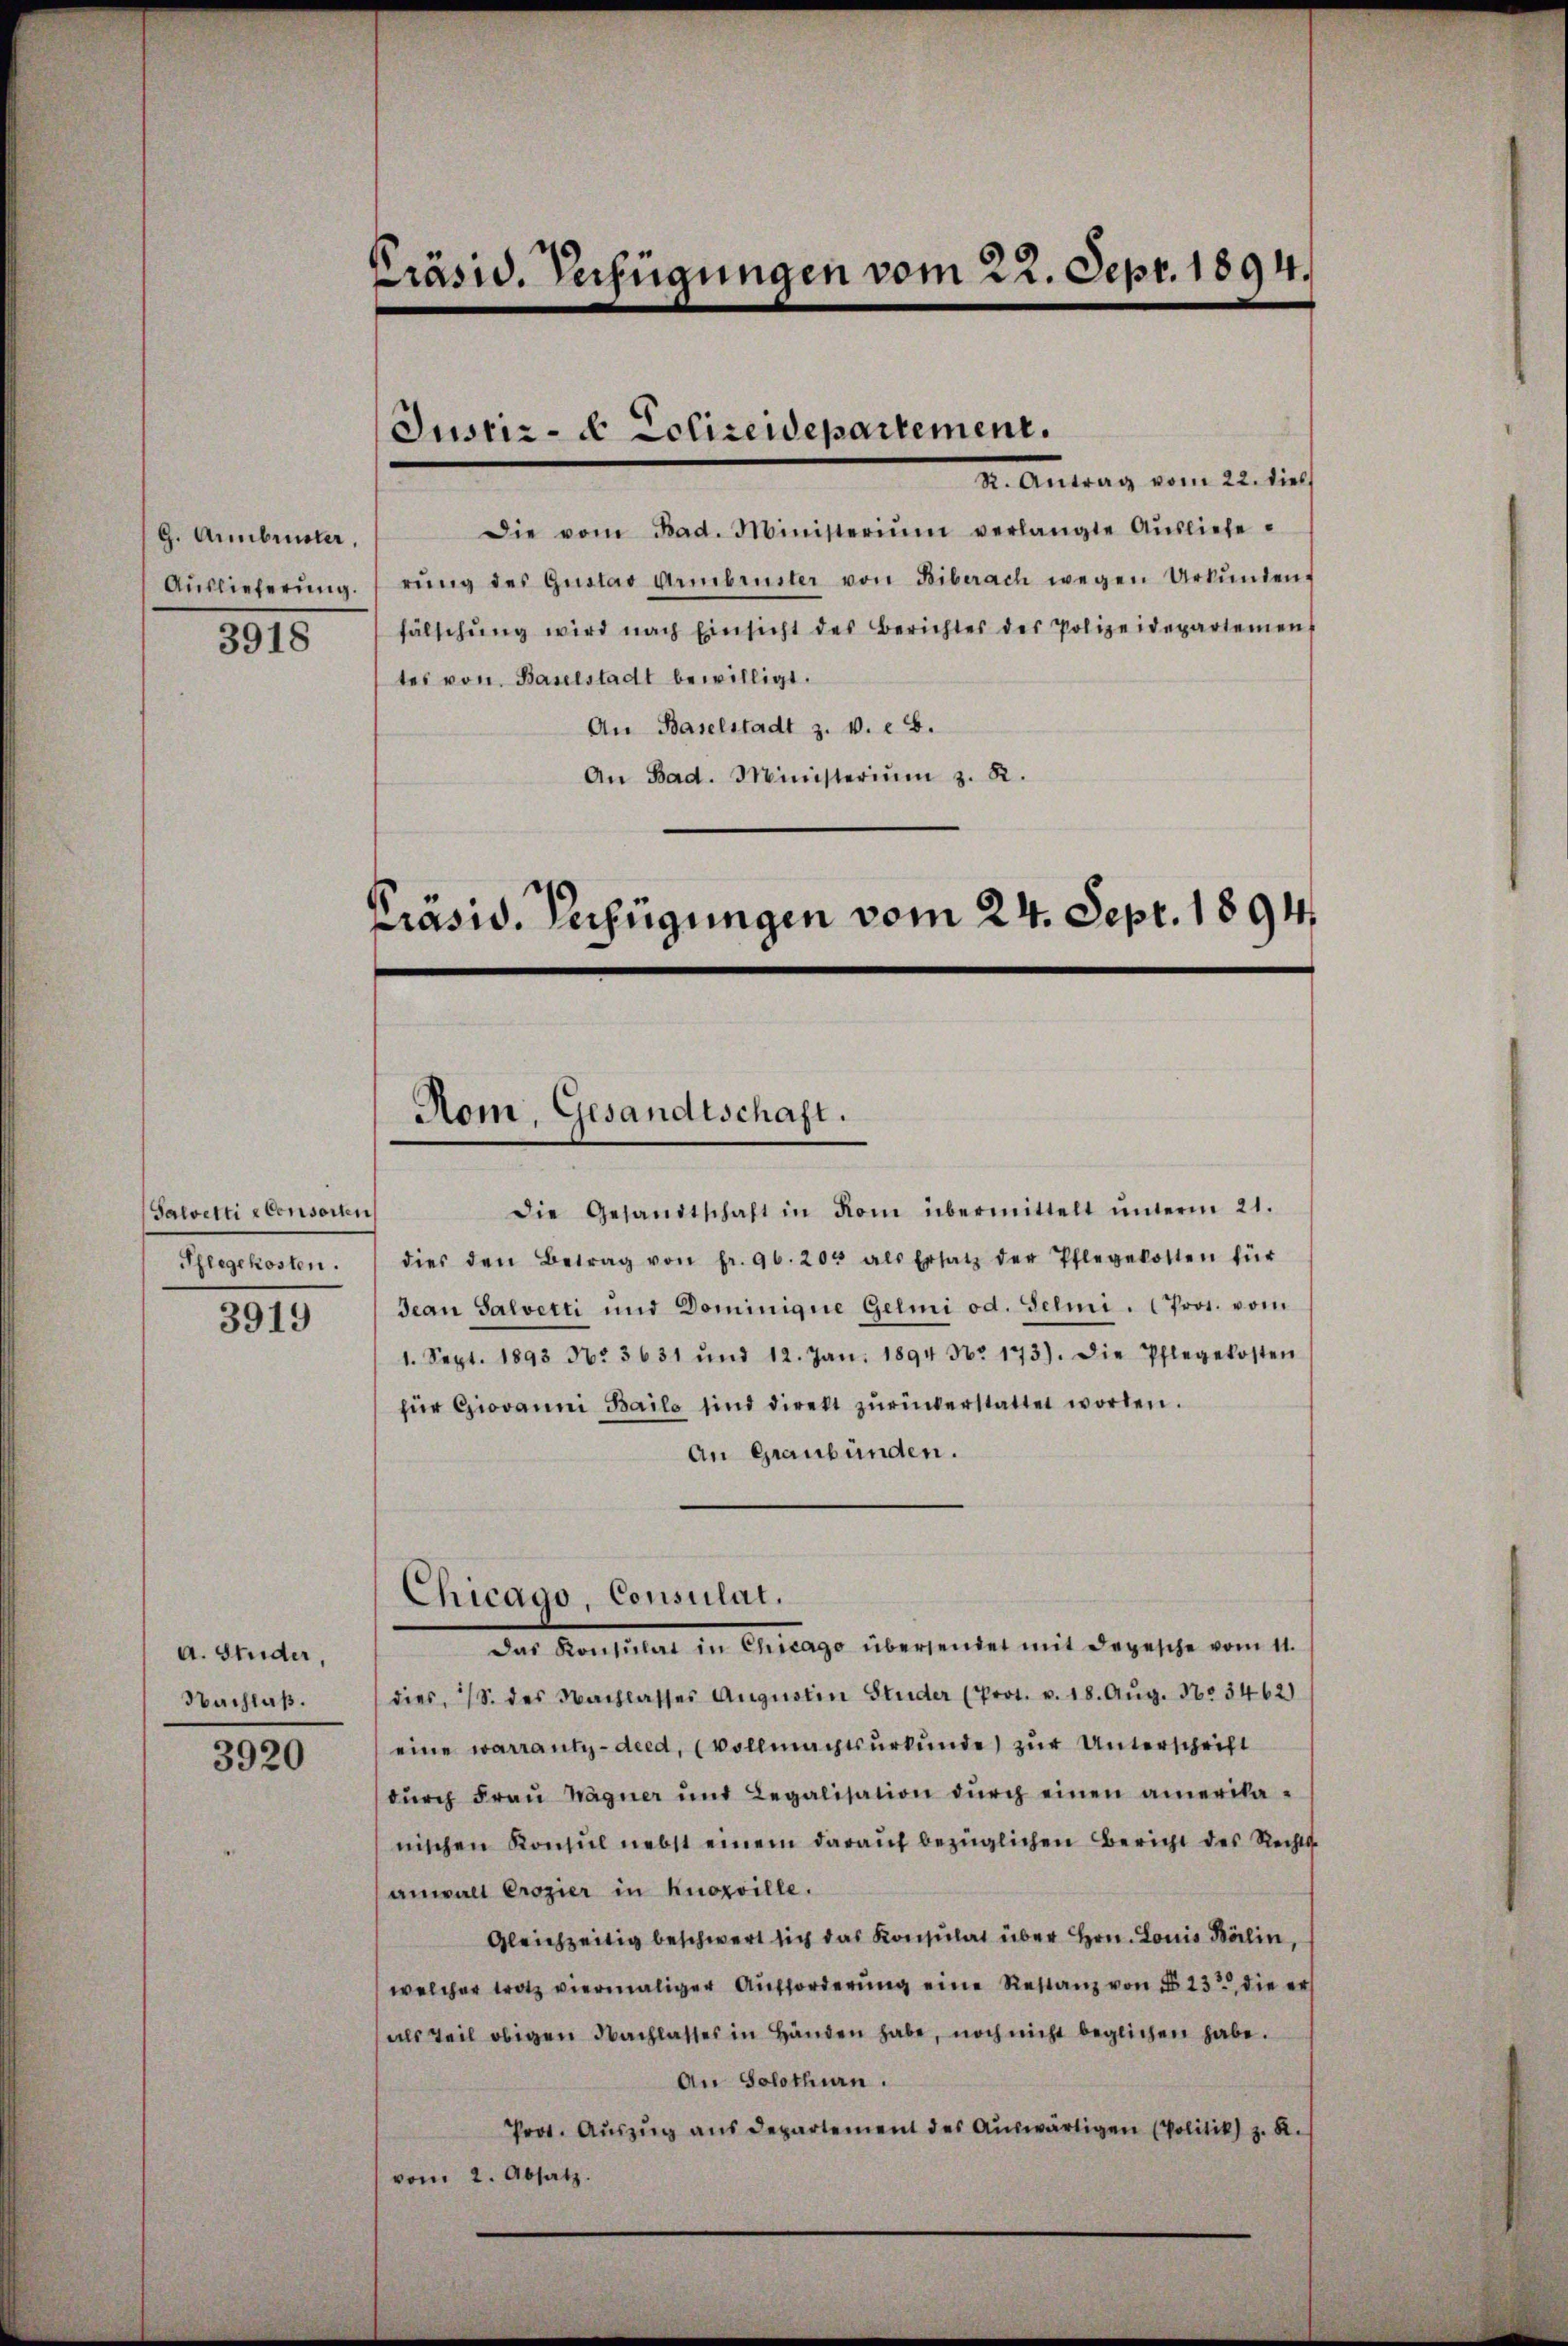
G. Armbruster,
3918

Salvetti ebensorten
Pflegekosten.

3919

a. Studer,
Nachlaß.

3920

Präsid. Verfügungen vom 22. Sept. 1894.

Justiz- & Polizeidepartement.

Präsid. Verfügungen vom 24. Sept. 1894.

X. Antrag vom 22. dies
Die vom Bad. Ministerium verlangte Aŭsliefe¬
Aŭslieferŭng.  rŭng des Gŭstav Armbruster von Biberach wegen Urkŭnden
fälschŭng wird nach Einsicht des Berichtes des Polizeidepartement
tes von Baselstadt bewilligt.
An Baselstadt z. v. 8.
An Bad. Ministeriŭm z. R.

Rom, Gesandtschaft.

Chicago, Consulat.

Die Gesandtschaft in Rom übermittelt ŭnterm 21.
dies den Betrag von fr. 96. 203 als Ersatz der Pflegekosten für
Jean Salvetti und Dominigue Gelmi od. Selmi. Pros. vom
1. Sept. 1893 No 3631 und 12. Jan. 1894 Nr. 173). Die Pflegekosten
für Giovanni Bailo sind direkt zŭrückerstattet worden.
An Graubünden.
Das Konsulat in Chicago übersendet mit Depesche vom 11.
dies, S. des Nachlasses Aŭgŭstin Studer (Prot. v. 18. Aŭg. No 3462)
eine warrantz-died, (Vollmachtsurkunde zur Unterschrift
dŭrch Fraŭ Wagner und Legalisation dŭrch einen amerikanischen Konsul nebst einem darauf bezüglichen Bericht des Rechts-
anwalt Crozier in Knozville.
Gleichzeitig beschwert sich das Konsulat über Hrn. Louis Balin,
welcher trotz viermaliger Aufforderung eine Restanz von § 232, die er
(als Teil obigen Nachlasses in Händen habe, noch nicht beglichen habe.
An Solothurn.
Prot. Auszug aus Departement des Auswärtigen (Politik) z. R.
vom 2. Absatz.